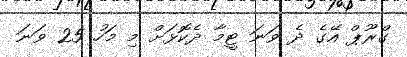
ގްރޫޕް އޭގެ ދެ ވަނަ ޓީމާ ދެކޮޅަށް މި މަހު 25 ވަނަ